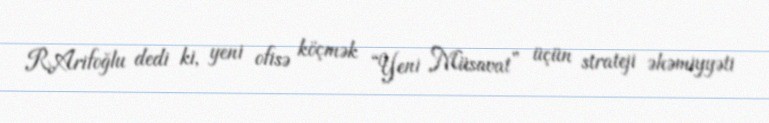
R.Arifoğlu dedi ki, yeni ofisə köçmək “Yeni Müsavat” üçün strateji əhəmiyyəti